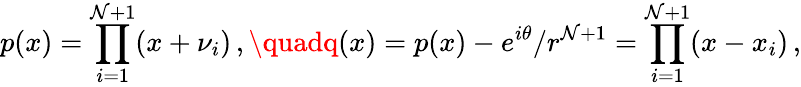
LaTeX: p(x)=\prod_{i=1}^{\mathcal{N}+1}(x+\nu_{i})\, ,\quadq(x)=p(x)-e^{i\theta}/r^{\mathcal{N}+1}=\prod_{i=1}^{\mathcal{N}+1}(x-x_{i})\, ,